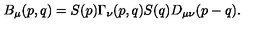
B _ { \mu } ( p , q ) = S ( p ) \Gamma _ { \nu } ( p , q ) S ( q ) D _ { \mu \nu } ( p - q ) .